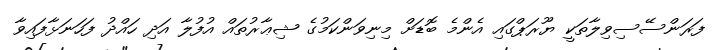
ފަރަންސޭސިވިލާތަކީ ޔޫރަޕްގައި އެންމެ ބޮޑަށް މިނިވަންކަމުގެ ޝިޢާރުތައް އުފުލާ އަދި ހައްދު ފަހަނަޅާފައިވާ